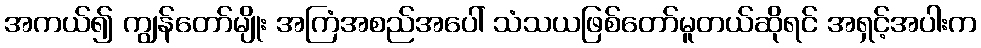
အကယ်၍ ကျွန်တော်မျိုး အကြံအစည်အပေါ် သံသယဖြစ်တော်မူတယ်ဆိုရင် အရှင့်အပါးက